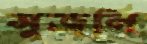
সুজনি